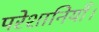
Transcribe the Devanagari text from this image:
परेशानियाँ।